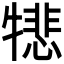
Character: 𪺵